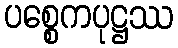
ပစ္စေကပုဋ္ဌဿ